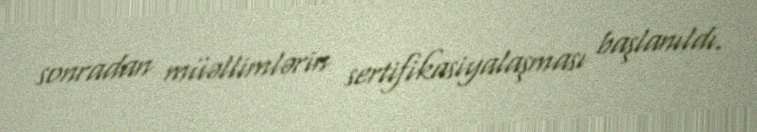
sonradan müəllimlərin sertifikasiyalaşması başlanıldı.